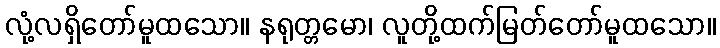
လုံ့လရှိတော်မူထသော။ နရုတ္တမော၊ လူတို့ထက်မြတ်တော်မူထသော။